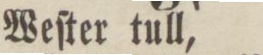
Weſter tull,